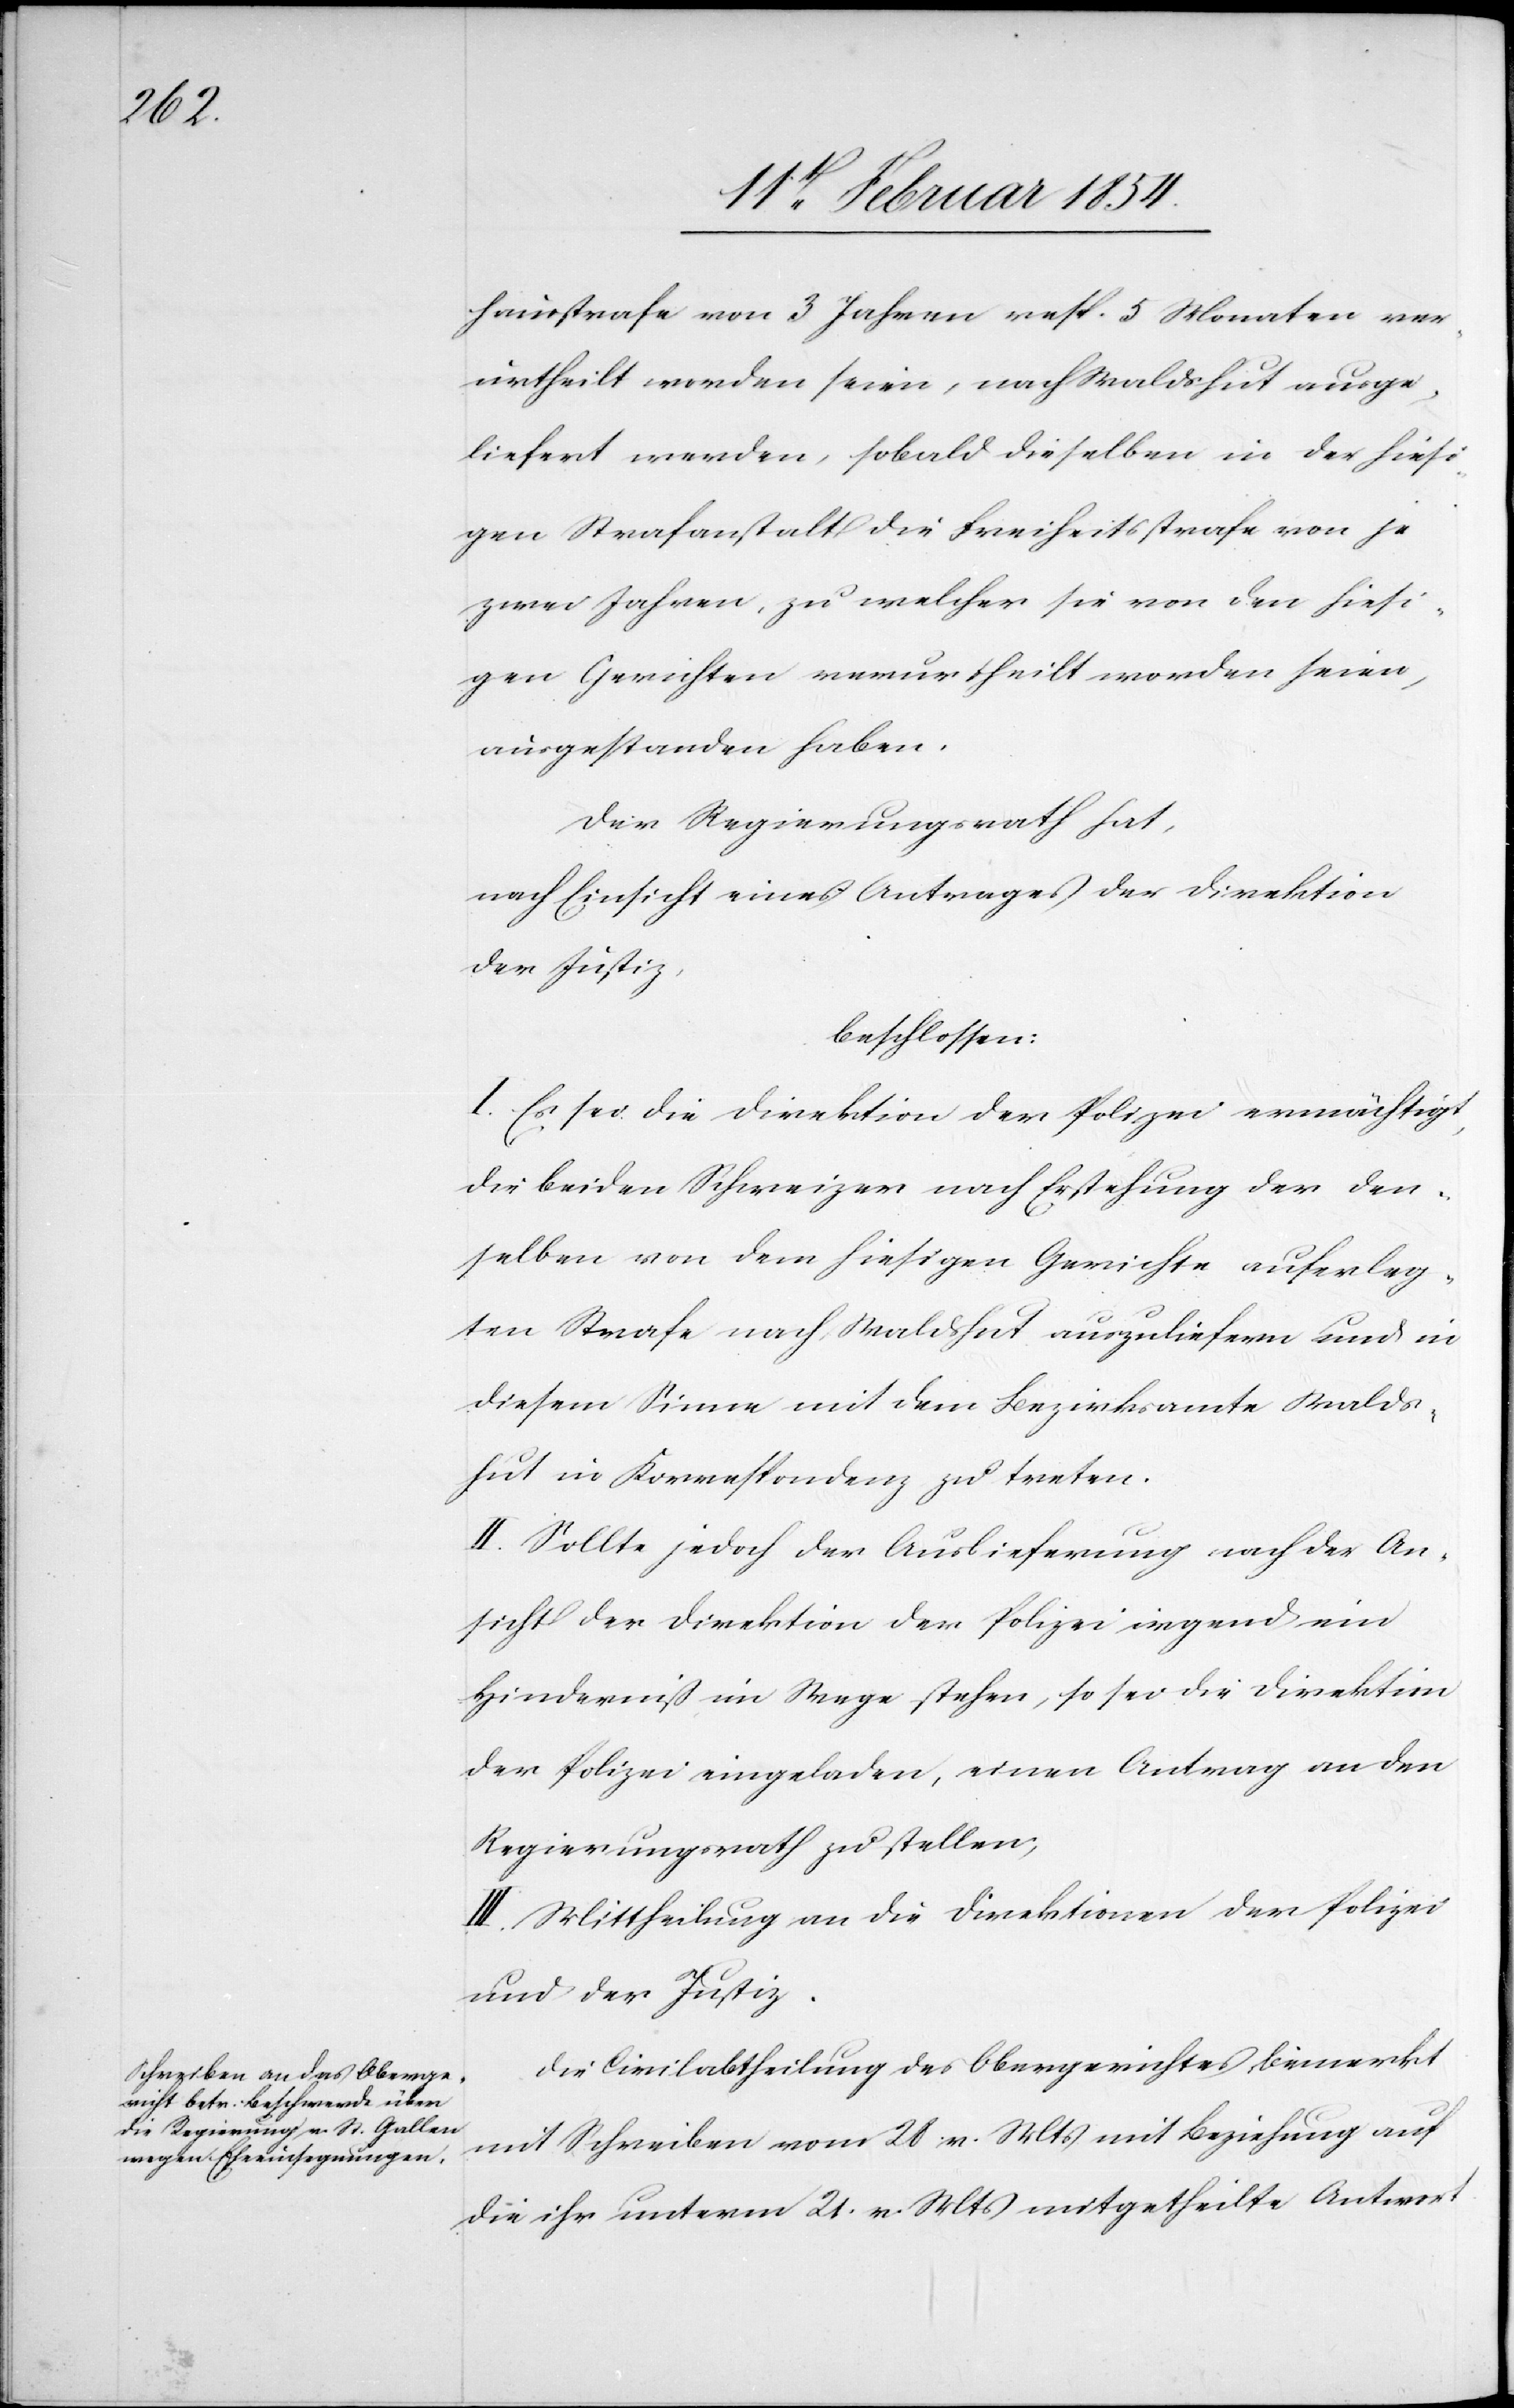
hausstrafe von 3 Jahren resp. 5 Monaten ver¬
urtheilt worden seien, nach Waldshut ausge¬
liefert werden, sobald dieselben in der hiesi¬
gen Strafanstalt die Freiheitsstrafe von je
zwei Jahren, zu welcher sie von den hiesi¬
gen Gerichten verurtheilt worden seien,
ausgestanden haben.
Der Regierungsrath hat,
nach Einsicht eines Antrages der Direktion
der Justiz,
beschlossen:
I. Es sei die Direktion der Polizei ermächtigt,
die beiden Schweizer nach Erstehung der den¬
selben von dem hiesigen Gerichte auferleg¬
ten Strafe nach Waldshut auszuliefern und in
diesem Sinne mit dem Bezirksamte Walds¬
hut in Korrespondenz zu treten.
II. Sollte jedoch der Auslieferung nach der An¬
sicht der Direktion der Polizei irgend ein
Hinderniß im Wege stehen, so sei die Direktion
der Polizei eingeladen, einen Antrag an den
Regierungsrath zu stellen,
III. Mittheilung an die Direktionen der Polizei
und der Justiz.
Die Civilabtheilung des Obergerichtes bemerkt
mit Schreiben vom 28. v. Mts mit Beziehung auf
die ihr unterm 21. v. Mts mitgetheilte Antwort